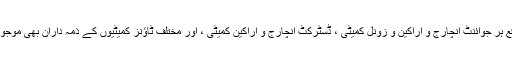
اس موقع ہر جوائنٹ انچارج و اراکین و زونل کمیٹی ، ڈسٹرکٹ انچارج و اراکین کمیٹی ، اور مختلف ٹاؤنز کمیٹیوں کے ذمہ داران بھی موجود تھے۔